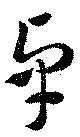
卓